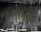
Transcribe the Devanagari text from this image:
वैदियम